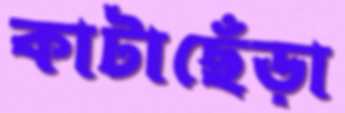
কাটাছেঁড়া